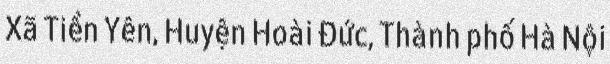
Xã Tiền Yên, Huyện Hoài Đức, Thành phố Hà Nội